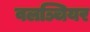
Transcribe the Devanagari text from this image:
वलञ्चियर